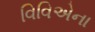
વિવિએના